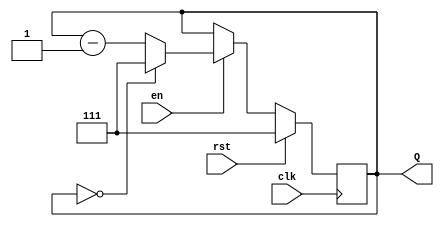
module binary_down_counter #(
    parameter MAX_COUNT = 8  // Maximum count value (2^N - 1) for N-bit counter
)(
    input wire clk,          // Clock signal
    input wire rst,          // Reset signal (active high)
    input wire en,           // Enable signal
    output reg [N-1:0] Q     // Count output
);
    localparam N = $clog2(MAX_COUNT);  // Number of bits needed to represent the count value

    // Initial block for setting the initial count value
    initial begin
        Q = MAX_COUNT - 1; // Initialize count to maximum value (wrap around)
    end

    // Synchronous logic for counter
    always @(posedge clk) begin
        if (rst) begin
            Q <= MAX_COUNT - 1; // Reset count to the maximum value
        end else if (en) begin
            if (Q == 0) begin
                Q <= MAX_COUNT - 1; // Wrap around to maximum value
            end else begin
                Q <= Q - 1; // Decrement count
            end
        end
    end
endmodule